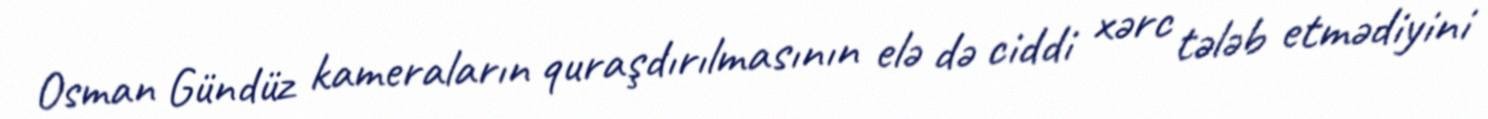
Osman Gündüz kameraların quraşdırılmasının elə də ciddi xərc tələb etmədiyini